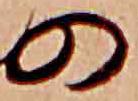
の